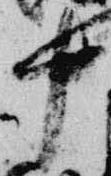
中